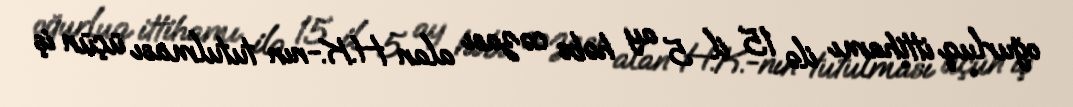
oğurluq ittihamı ilə 15 il 5 ay həbs cəzası alan H.K.-nın tutulması üçün iş